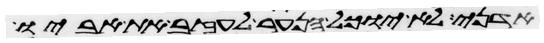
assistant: אדני לא יוכל הנער לעזב את אביו